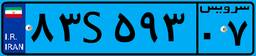
۴۶S۷۸۷۶۰